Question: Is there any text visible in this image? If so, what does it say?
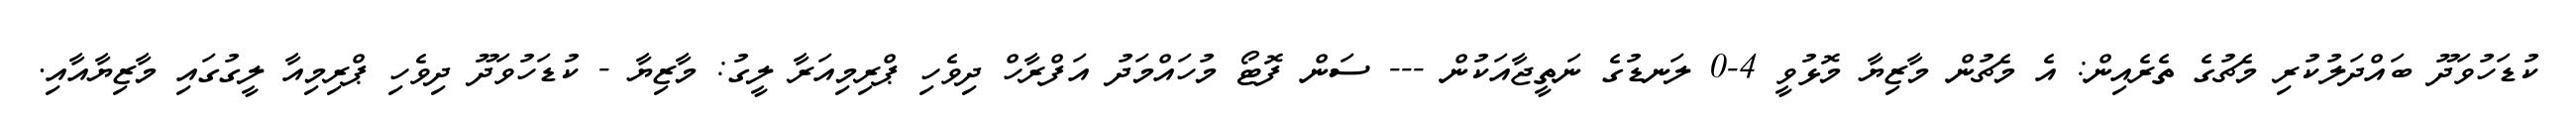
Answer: ކުޑަހުވަދޫ ބައްދަލުކުރި މެޗުގެ ތެރެއިން: އެ މެޗުން މާޒިޔާ މޮޅުވީ 4-0 ލަނޑުގެ ނަތީޖާއަކުން --- ސަން ފޮޓޯ މުހައްމަދު އަފްރާހް ދިވެހި ޕްރިމިއަރާ ލީގު: މާޒިޔާ - ކުޑަހުވަދޫ ދިވެހި ޕްރިމިއާ ލީގުގައި މާޒިޔާއާއި.